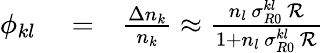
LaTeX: \begin{array}{rlr}{\phi_{kl}}&{{}=}&{\frac{\Delta n_{k}}{n_{k}}\approx\frac{n_{l}\, \sigma_{R0}^{kl}\, {\cal R}}{1+n_{l}\, \sigma_{R0}^{kl}\, {\cal R}}}\end{array}